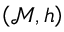
\left( \mathcal { M } , h \right)